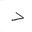
Letter: _dal